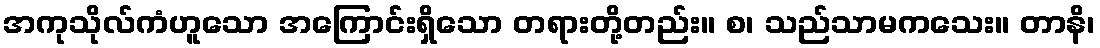
အကုသိုလ်ကံဟူသော အကြောင်းရှိသော တရားတို့တည်း။ စ၊ သည်သာမကသေး။ တာနိ၊